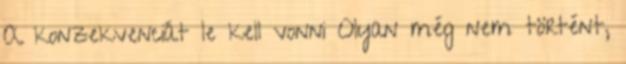
A konzekvenciát le kell vonni Olyan még nem történt,